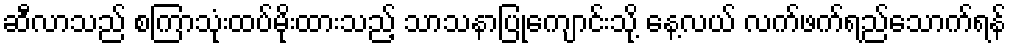
ဆီလာသည် စကြာသုံးထပ်မိုးထားသည့် သာသနာပြုကျောင်းသို့ နေ့လယ် လက်ဖက်ရည်သောက်ရန်